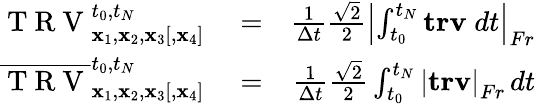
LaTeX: \begin{array}{rlr}{\mathrm{~T~R~V~}_{{\mathbf x}_{1},{\mathbf x}_{2},{\mathbf x}_{3}[,{\mathbf x}_{4}]}^{t_{0},t_{N}}}&{{}=}&{\frac{1}{\Delta t}\frac{\sqrt{2}}{2}\left|\int_{t_{0}}^{t_{N}}\mathbf{trv}\; dt\right|_{Fr}}\\ {\overline{{\mathrm{~T~R~V~}}}_{{\mathbf x}_{1},{\mathbf x}_{2},{\mathbf x}_{3}[,{\mathbf x}_{4}]}^{t_{0},t_{N}}}&{{}=}&{\frac{1}{\Delta t}\frac{\sqrt{2}}{2}\int_{t_{0}}^{t_{N}}\left|\mathbf{trv}\right|_{Fr}\, dt}\end{array}